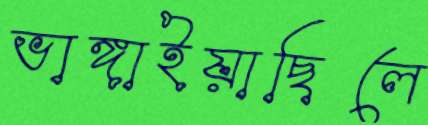
ভাঙ্গাইয়াছিলে